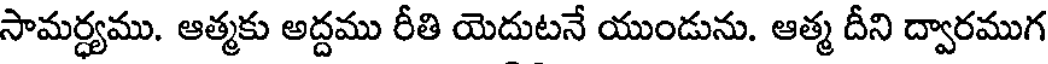
సామర్ధ్యము. ఆత్మకు అద్దము రీతి యెదుటనే యుండును. ఆత్మ దీని ద్వారముగ